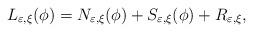
LaTeX: \begin{align*}L_{\varepsilon,\xi}(\phi)=N_{\varepsilon,\xi}(\phi)+S_{\varepsilon,\xi}(\phi)+R_{\varepsilon,\xi},\end{align*}